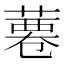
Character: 𦸊